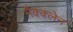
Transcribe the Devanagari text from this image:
मैक्क्लेन